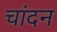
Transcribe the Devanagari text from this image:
चांदन